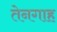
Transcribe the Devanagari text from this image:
तेनगाह